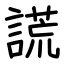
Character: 謊